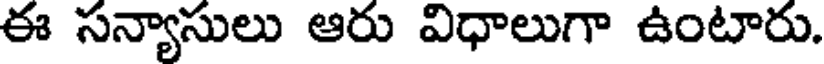
ఈ సన్యాసులు ఆరు విధాలుగా ఉంటారు.